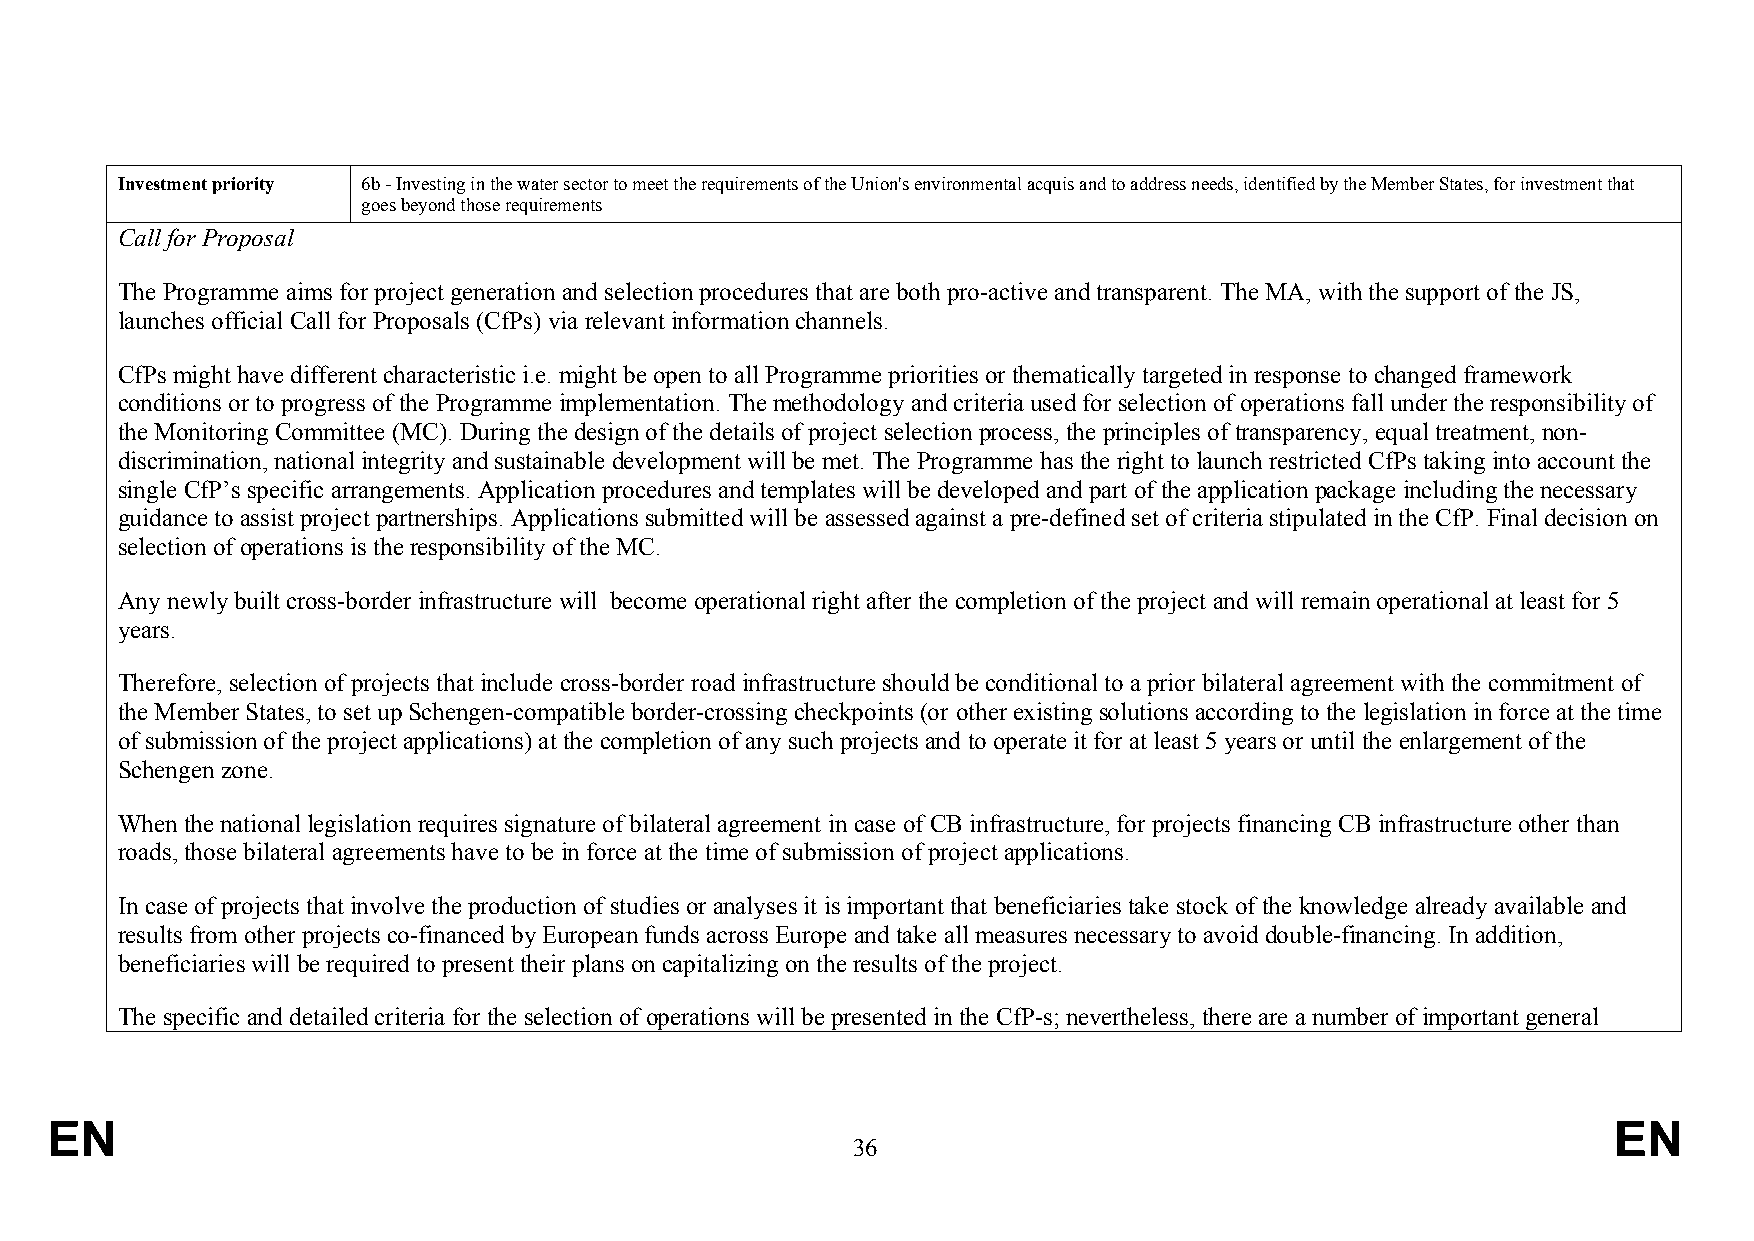
Investment priority 6b - Investing in the water sector to meet the requirements of the Union's environmental acquis and to address needs, identified by the Member States, for investment that
 goes beyond those requirements
 Call for Proposal
 The Programme aims for project generation and selection procedures that are both pro-active and transparent. The MA, with the support of the JS,
 launches official Call for Proposals (CfPs) via relevant information channels.
 CfPs might have different characteristic i.e. might be open to all Programme priorities or thematically targeted in response to changed framework
 conditions or to progress of the Programme implementation. The methodology and criteria used for selection of operations fall under the responsibility of
 the Monitoring Committee (MC). During the design of the details of project selection process, the principles of transparency, equal treatment, non-
 discrimination, national integrity and sustainable development will be met. The Programme has the right to launch restricted CfPs taking into account the
 single CfP’s specific arrangements. Application procedures and templates will be developed and part of the application package including the necessary
 guidance to assist project partnerships. Applications submitted will be assessed against a pre-defined set of criteria stipulated in the CfP. Final decision on
 selection of operations is the responsibility of the MC.
 Any newly built cross-border infrastructure will become operational right after the completion of the project and will remain operational at least for 5
 years.
 Therefore, selection of projects that include cross-border road infrastructure should be conditional to a prior bilateral agreement with the commitment of
 the Member States, to set up Schengen-compatible border-crossing checkpoints (or other existing solutions according to the legislation in force at the time
 of submission of the project applications) at the completion of any such projects and to operate it for at least 5 years or until the enlargement of the
 Schengen zone.
 When the national legislation requires signature of bilateral agreement in case of CB infrastructure, for projects financing CB infrastructure other than
 roads, those bilateral agreements have to be in force at the time of submission of project applications.
 In case of projects that involve the production of studies or analyses it is important that beneficiaries take stock of the knowledge already available and
 results from other projects co-financed by European funds across Europe and take all measures necessary to avoid double-financing. In addition,
 beneficiaries will be required to present their plans on capitalizing on the results of the project.
 The specific and detailed criteria for the selection of operations will be presented in the CfP-s; nevertheless, there are a number of important general
 EN                                                                                                      EN
 36